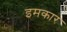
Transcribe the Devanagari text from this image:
इमकार